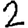
Digit: 2